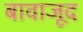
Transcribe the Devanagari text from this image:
बावाजूद